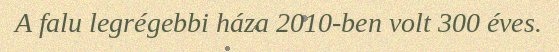
A falu legrégebbi háza 2010-ben volt 300 éves.